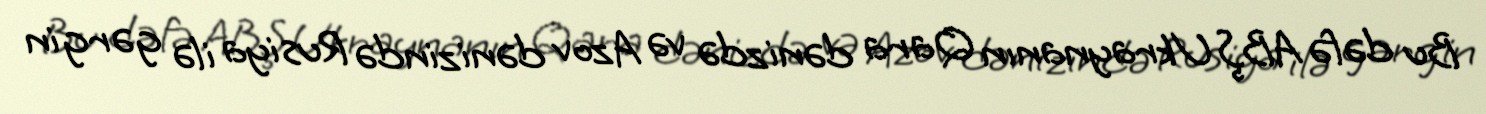
Bu dəfə ABŞ Ukraynanın Qara dənizdə və Azov dənizində Rusiya ilə gərgin